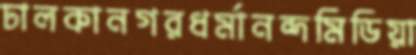
ঢালকানগরধর্মানন্দমিডিয়া